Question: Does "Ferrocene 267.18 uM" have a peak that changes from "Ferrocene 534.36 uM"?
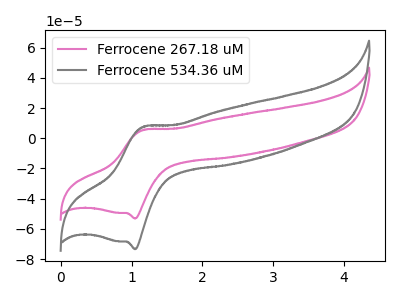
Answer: <think>The pink curve "Ferrocene 267.18 uM" has an anodic peak at (1.15V, 5.55uA) and a cathodic peak at (1.05V, -53.15uA). The gray curve "Ferrocene 534.36 uM" has an anodic peak at (1.15V, 7.65uA) and a cathodic peak at (1.05V, -73.45uA).
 All the peaks in "Ferrocene 267.18 uM" have a peak in "Ferrocene 534.36 uM" at the same potential. Every peak in "Ferrocene 267.18 uM" is lower than every peak in "Ferrocene 534.36 uM".</think>
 <answer>No, "Ferrocene 267.18 uM" and "Ferrocene 534.36 uM" don't appear to be significantly different in shape</answer>
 <eval>no_change</eval>